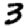
Digit: 3